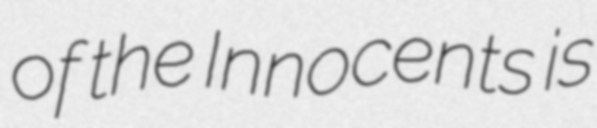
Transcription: of the Innocents is